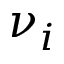
\nu _ { i }